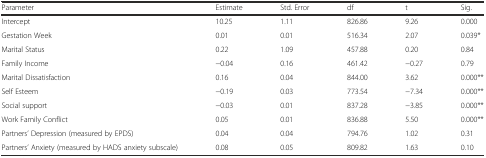
<table><thead><tr><td><b>Parameter</b></td><td><b>Estimate</b></td><td><b>Std. Error</b></td><td><b>df</b></td><td><b>t</b></td><td><b>Sig.</b></td></tr></thead><tbody><tr><td>Intercept</td><td>10.25</td><td>1.11</td><td>826.86</td><td>9.26</td><td>0.000</td></tr><tr><td>Gestation Week</td><td>0.01</td><td>0.01</td><td>516.34</td><td>2.07</td><td>0.039*</td></tr><tr><td>Marital Status</td><td>0.22</td><td>1.09</td><td>457.88</td><td>0.20</td><td>0.84</td></tr><tr><td>Family Income</td><td>−0.04</td><td>0.16</td><td>461.42</td><td>−0.27</td><td>0.79</td></tr><tr><td>Marital Dissatisfaction</td><td>0.16</td><td>0.04</td><td>844.00</td><td>3.62</td><td>0.000**</td></tr><tr><td>Self Esteem</td><td>−0.19</td><td>0.03</td><td>773.54</td><td>−7.34</td><td>0.000**</td></tr><tr><td>Social support</td><td>−0.03</td><td>0.01</td><td>837.28</td><td>−3.85</td><td>0.000**</td></tr><tr><td>Work Family Conflict</td><td>0.05</td><td>0.01</td><td>836.88</td><td>5.50</td><td>0.000**</td></tr><tr><td>Partners’ Depression (measured by EPDS)</td><td>0.04</td><td>0.04</td><td>794.76</td><td>1.02</td><td>0.31</td></tr><tr><td>Partners’ Anxiety (measured by HADS anxiety subscale)</td><td>0.08</td><td>0.05</td><td>809.82</td><td>1.63</td><td>0.10</td></tr></tbody></table>